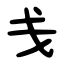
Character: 戋